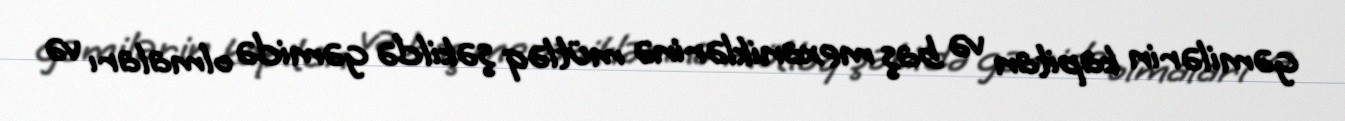
gəmilərin kapitan və baş mexaniklərinə mütləq şəkildə gəmidə olmaları və